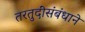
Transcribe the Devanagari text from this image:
तरतुदींसंबंधाने